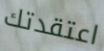
اعتقدتك